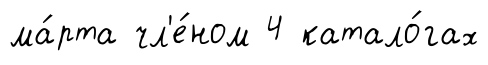
ма́рта чл'е́ном 4 катало́гах